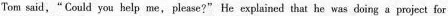
Tom said, "Could you help me,please?" He explained that he was doing a project for